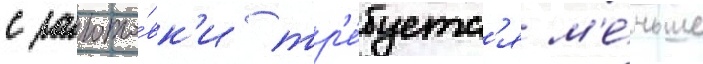
с загото́вк'и тр'е́буетс'я м'е́ньше